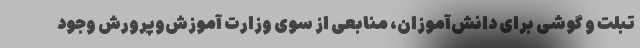
تبلت و گوشی برای دانش‌آموزان، منابعی از سوی وزارت آموزش‌وپرورش وجود